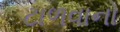
ટાળવાનો